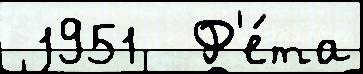
 1951  Ф'е́та